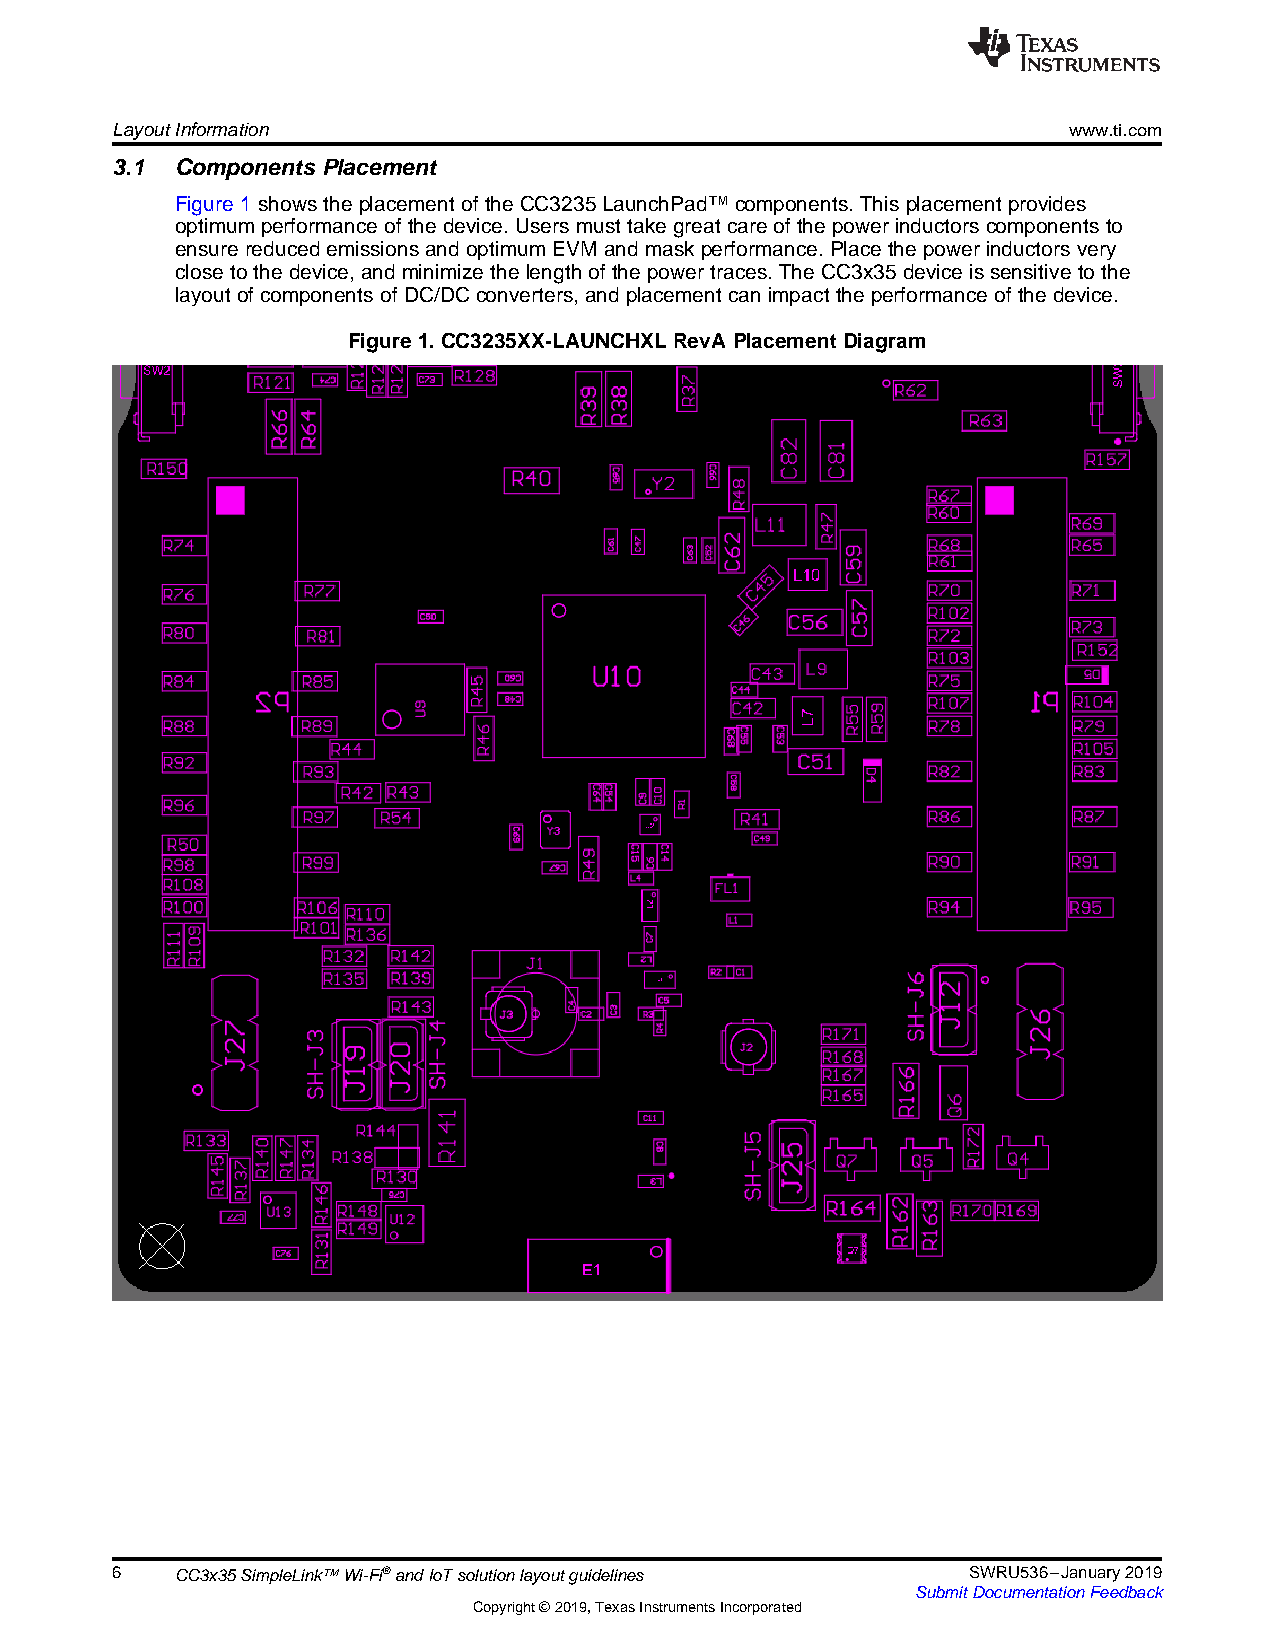
LayoutInformation                                               www.ti.com
 3.1  Components Placement
 Figure1 showstheplacementoftheCC3235LaunchPad™components.Thisplacementprovides
 optimumperformanceofthedevice.Usersmust takegreat careofthepower inductorscomponentsto
 ensurereducedemissionsandoptimumEVMandmaskperformance.Placethepower inductorsvery
 closetothedevice,andminimizethelengthofthepower traces. TheCC3x35deviceissensitiveto the
 layoutofcomponentsofDC/DCconverters,andplacementcanimpacttheperformanceofthedevice.
 Figure1.CC3235XX-LAUNCHXLRevAPlacementDiagram
 6    CC3x35SimpleLink™Wi-Fi®andIoTsolutionlayoutguidelines SWRU536–January2019
 SubmitDocumentationFeedback
 Copyright©2019,TexasInstrumentsIncorporated